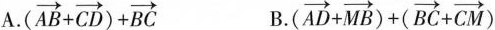
A.$$( ( \overrightarrow { A B } + \overrightarrow { C D } ) + \overrightarrow { B C }$$ B.$$(\overrightarrow { A D } + \overrightarrow { M B } ) + ( \overrightarrow { B C } + \overrightarrow { C M } )$$